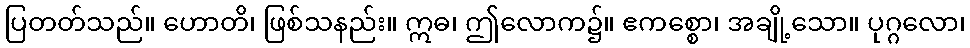
ပြတတ်သည်။ ဟောတိ၊ ဖြစ်သနည်း။ ဣဓ၊ ဤလောက၌။ ဧကစ္စော၊ အချို့သော။ ပုဂ္ဂလော၊